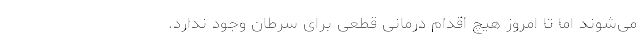
می‌شوند اما تا امروز هیچ اقدام درمانیِ قطعی برای سرطان وجود ندارد.